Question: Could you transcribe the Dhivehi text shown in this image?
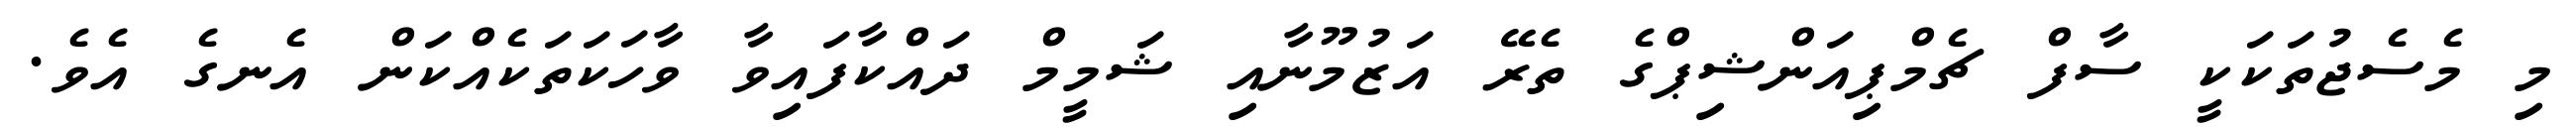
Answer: މި މެސެޖުތަކަކީ ސާފް ޗެމްޕިއަންޝިޕްގެ ތެރޭ އަޒުމޫނާއި ޝަމީމް ދައްކާފައިވާ ވާހަކަތަކެއްކަން އެނގެ އެވެ.